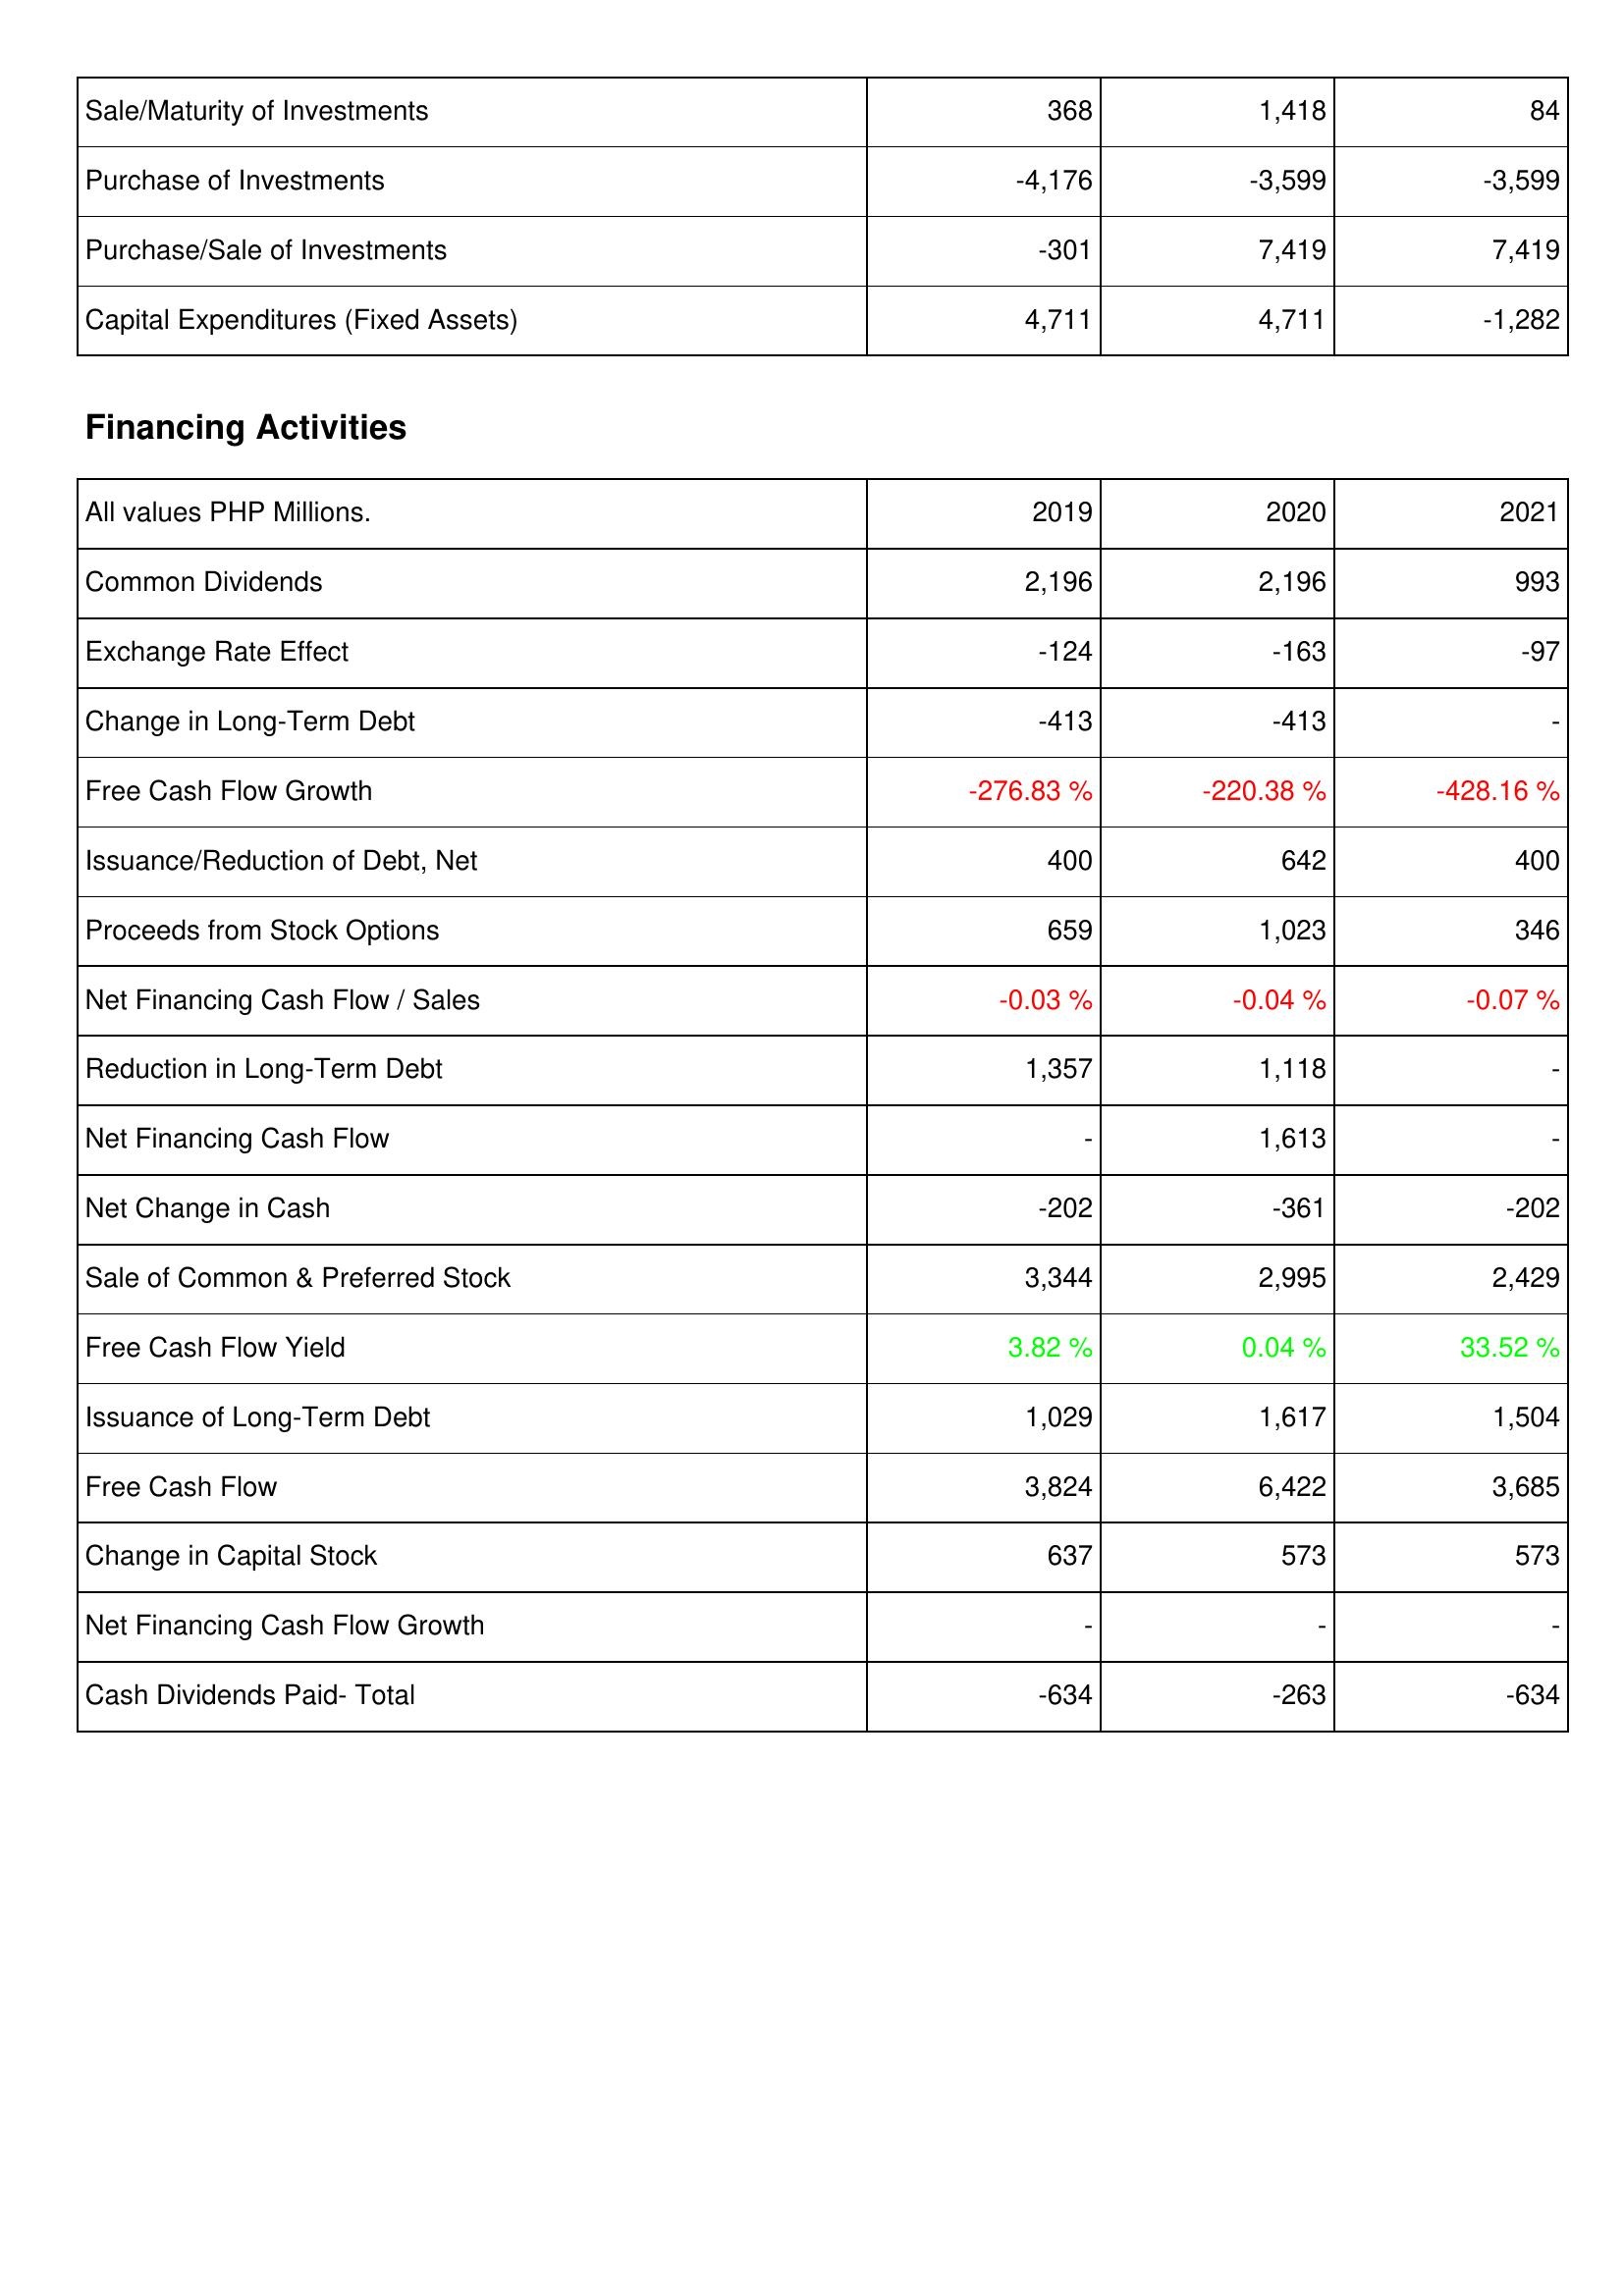
2019: Investing Activities: Sale/Maturity of Investments: 368
Purchase of Investments: -4,176
Purchase/Sale of Investments: -301
Capital Expenditures (Fixed Assets): 4,711
Financing Activities: Common Dividends: 2,196
Exchange Rate Effect: -124
Change in Long-Term Debt: -413
Free Cash Flow Growth: -276.83 %
Issuance/Reduction of Debt, Net: 400
Proceeds from Stock Options: 659
Net Financing Cash Flow / Sales: -0.03 %
Reduction in Long-Term Debt: 1,357
Net Financing Cash Flow: -
Net Change in Cash: -202
Sale of Common & Preferred Stock: 3,344
Free Cash Flow Yield: 3.82 %
Issuance of Long-Term Debt: 1,029
Free Cash Flow: 3,824
Change in Capital Stock: 637
Net Financing Cash Flow Growth: -
Cash Dividends Paid- Total: -634
2020: Investing Activities: Sale/Maturity of Investments: 1,418
Purchase of Investments: -3,599
Purchase/Sale of Investments: 7,419
Capital Expenditures (Fixed Assets): 4,711
Financing Activities: Common Dividends: 2,196
Exchange Rate Effect: -163
Change in Long-Term Debt: -413
Free Cash Flow Growth: -220.38 %
Issuance/Reduction of Debt, Net: 642
Proceeds from Stock Options: 1,023
Net Financing Cash Flow / Sales: -0.04 %
Reduction in Long-Term Debt: 1,118
Net Financing Cash Flow: 1,613
Net Change in Cash: -361
Sale of Common & Preferred Stock: 2,995
Free Cash Flow Yield: 0.04 %
Issuance of Long-Term Debt: 1,617
Free Cash Flow: 6,422
Change in Capital Stock: 573
Net Financing Cash Flow Growth: -
Cash Dividends Paid- Total: -263
2021: Investing Activities: Sale/Maturity of Investments: 84
Purchase of Investments: -3,599
Purchase/Sale of Investments: 7,419
Capital Expenditures (Fixed Assets): -1,282
Financing Activities: Common Dividends: 993
Exchange Rate Effect: -97
Change in Long-Term Debt: -
Free Cash Flow Growth: -428.16 %
Issuance/Reduction of Debt, Net: 400
Proceeds from Stock Options: 346
Net Financing Cash Flow / Sales: -0.07 %
Reduction in Long-Term Debt: -
Net Financing Cash Flow: -
Net Change in Cash: -202
Sale of Common & Preferred Stock: 2,429
Free Cash Flow Yield: 33.52 %
Issuance of Long-Term Debt: 1,504
Free Cash Flow: 3,685
Change in Capital Stock: 573
Net Financing Cash Flow Growth: -
Cash Dividends Paid- Total: -634